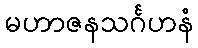
မဟာဇနသင်္ဂဟနံ